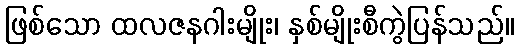
ဖြစ်သော ထလဇနဂါးမျိုး၊ နှစ်မျိုးစီကွဲပြန်သည်။